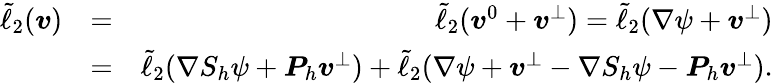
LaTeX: \begin{array}{rlr}{\tilde{\ell}_{2}(\boldsymbol{v})}&{=}&{\tilde{\ell}_{2}(\boldsymbol{v}^{0}+\boldsymbol{v}^{\bot})=\tilde{\ell}_{2}(\nabla\psi+\boldsymbol{v}^{\bot})}\\ &{=}&{\tilde{\ell}_{2}(\nabla S_{h}\psi+\boldsymbol{P}_{h}\boldsymbol{v}^{\bot})+\tilde{\ell}_{2}(\nabla\psi+\boldsymbol{v}^{\bot}-\nabla S_{h}\psi-\boldsymbol{P}_{h}\boldsymbol{v}^{\bot}).}\end{array}